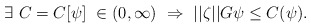
\begin{align*} \exists \ C = C[\psi] \ \in (0,\infty) \ \Rightarrow \ ||\zeta||G\psi \le C(\psi).\end{align*}